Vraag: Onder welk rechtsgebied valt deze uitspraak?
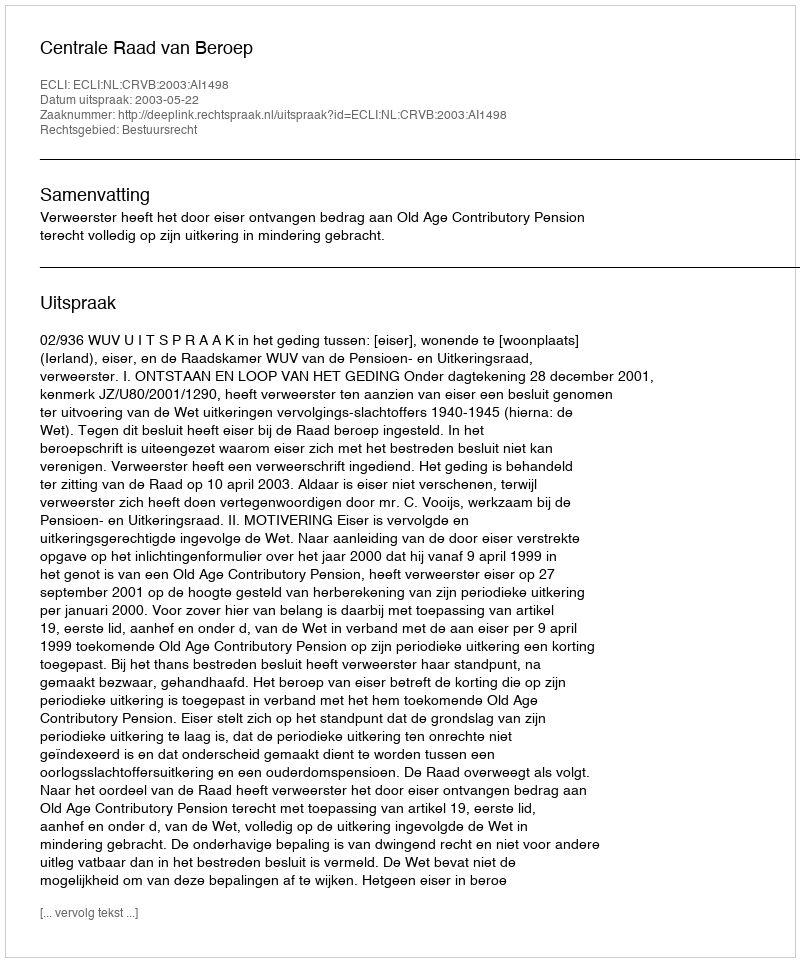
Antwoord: Bestuursrecht